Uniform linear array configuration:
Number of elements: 4
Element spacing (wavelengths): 0.25
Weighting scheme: blackman
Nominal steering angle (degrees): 0
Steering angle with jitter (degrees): -0.668
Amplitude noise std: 0.05
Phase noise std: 0.05

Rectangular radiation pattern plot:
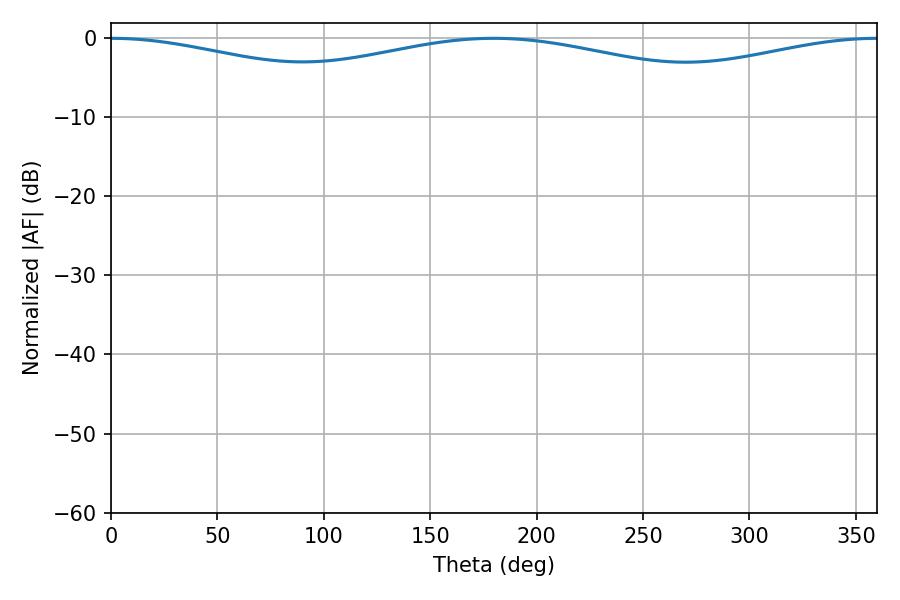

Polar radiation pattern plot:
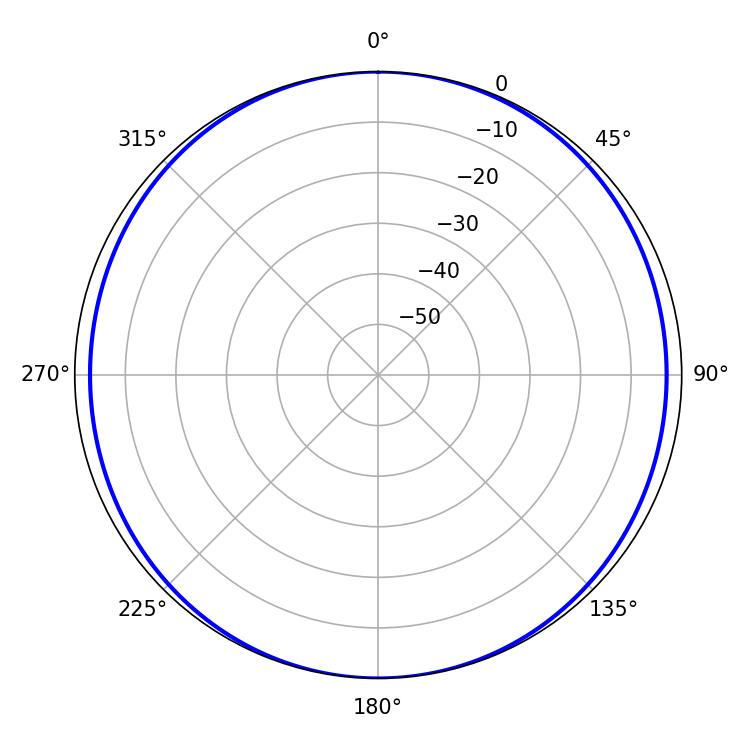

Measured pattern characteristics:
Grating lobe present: FALSE
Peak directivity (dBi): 24.199
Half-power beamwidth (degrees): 266.58
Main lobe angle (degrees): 0.18